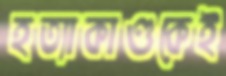
হত্যাকাণ্ডকেই